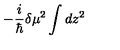
- \frac { i } { \hbar } \delta \mu ^ { 2 } \int d z ^ { 2 }